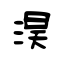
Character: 淏